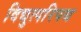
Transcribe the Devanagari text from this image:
विद्युत्परिपथ